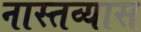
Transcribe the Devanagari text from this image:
नास्तव्यास